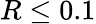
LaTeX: R\leq 0.1